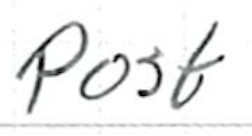
Text: Post
Cross-out: clean
Writing tool: ballpoint